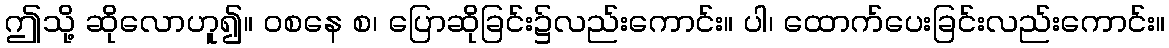
ဤသို့ ဆိုလောဟူ၍။ ဝစနေ စ၊ ပြောဆိုခြင်း၌လည်းကောင်း။ ပါ၊ ထောက်ပေးခြင်းလည်းကောင်း။